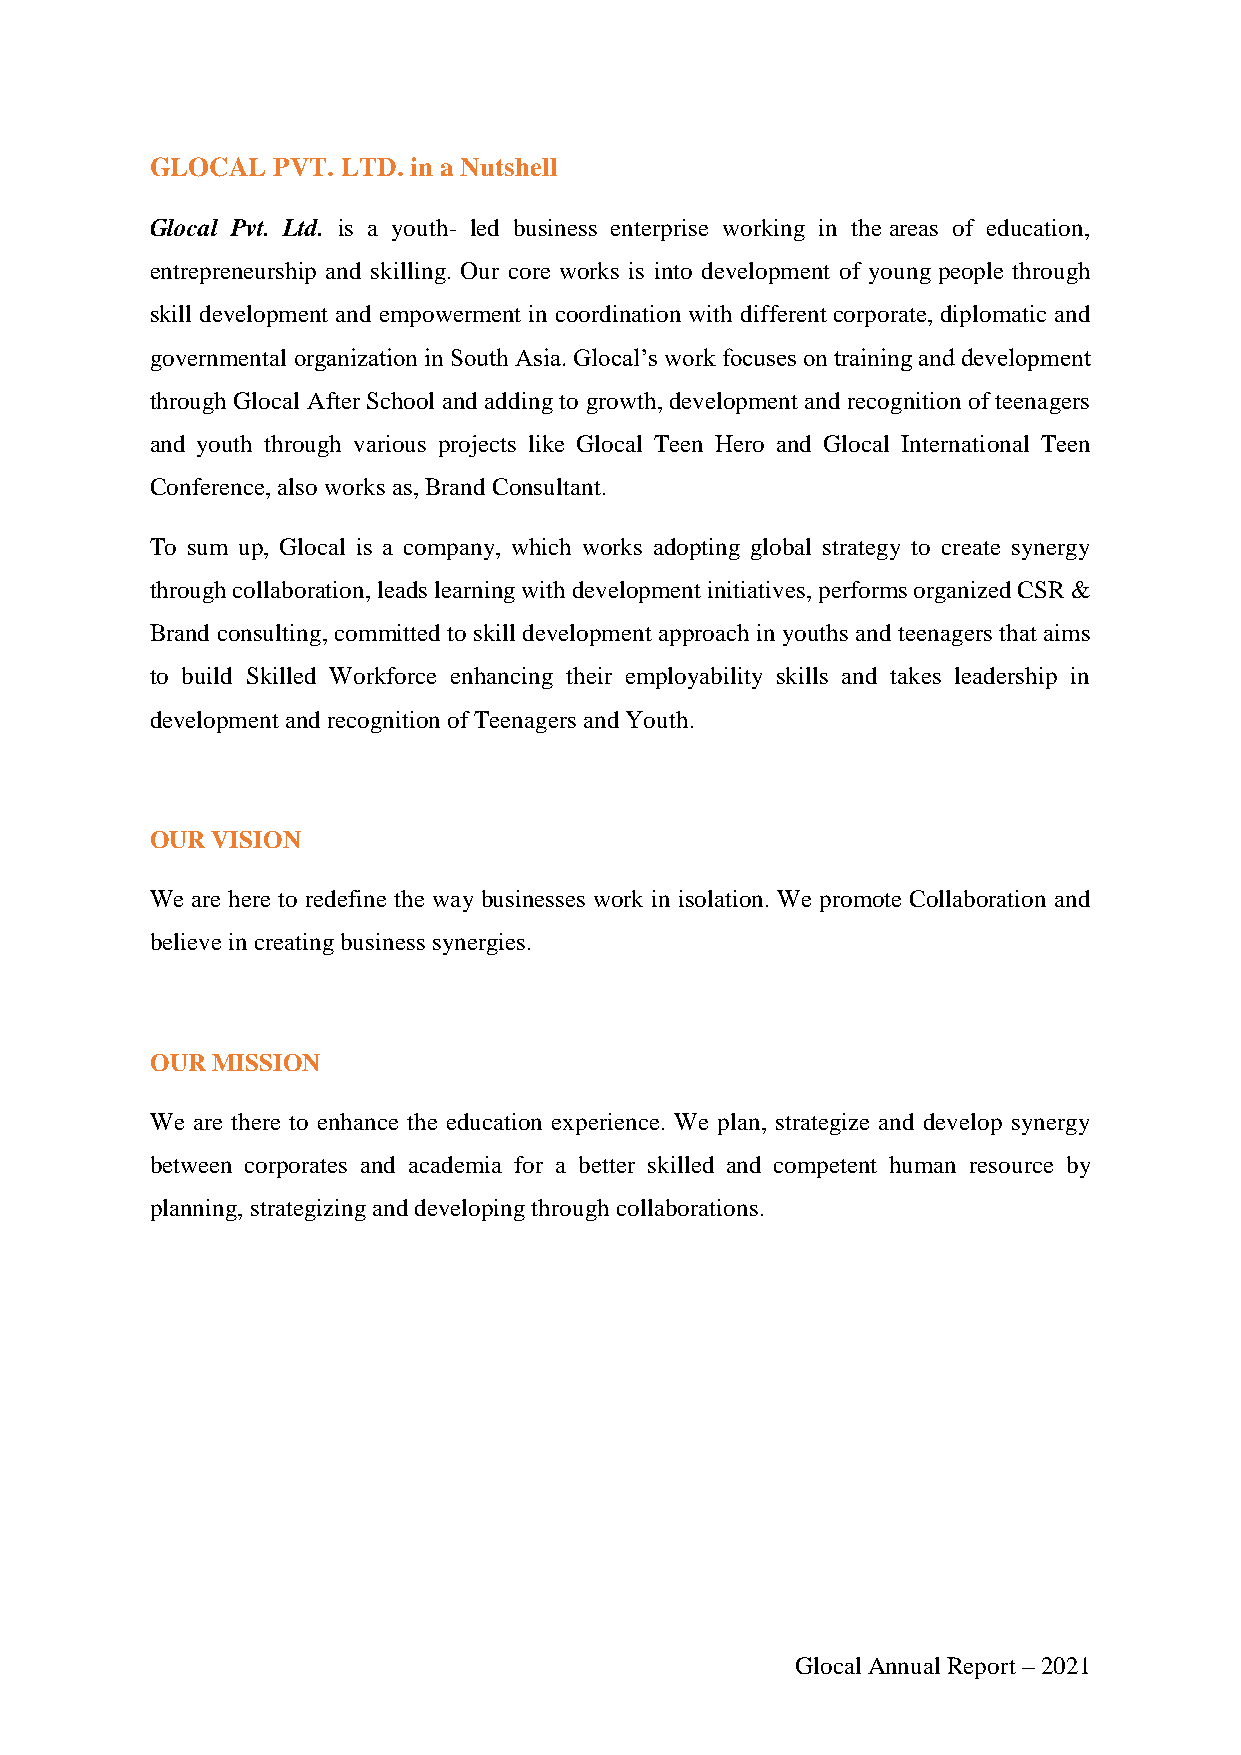
GLOCAL  PVT. LTD. in a Nutshell
 Glocal Pvt. Ltd. is a youth- led business enterprise working in the areas of education,
 entrepreneurship and skilling. Our core works is into development of young people through
 skill development and empowerment in coordination with different corporate, diplomatic and
 governmental organization in South Asia. Glocal’s work focuses on training and development
 through Glocal After School and adding to growth, development and recognition of teenagers
 and youth through various projects like Glocal Teen Hero and Glocal International Teen
 Conference, also works as, Brand Consultant.
 To sum up, Glocal is a company, which works adopting global strategy to create synergy
 through collaboration, leads learning with development initiatives, performs organized CSR &
 Brand consulting, committed to skill development approach in youths and teenagers that aims
 to build Skilled Workforce enhancing their employability skills and takes leadership in
 development and recognition of Teenagers and Youth.
 OUR VISION
 We are here to redefine the way businesses work in isolation. We promote Collaboration and
 believe in creating business synergies.
 OUR MISSION
 We are there to enhance the education experience. We plan, strategize and develop synergy
 between corporates and academia for a better skilled and competent human resource by
 planning, strategizing and developing through collaborations.
 Glocal Annual Report – 2021